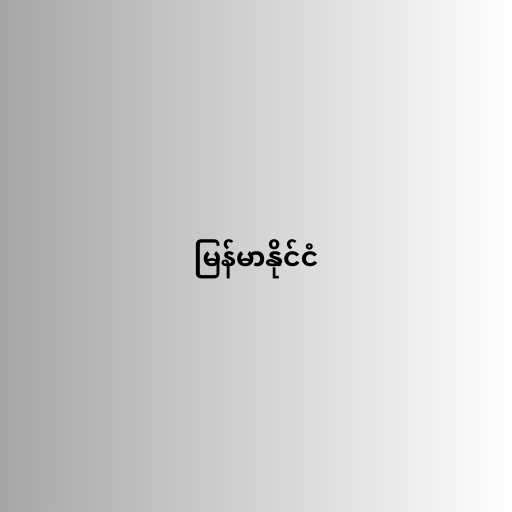
မြန်မာနိုင်ငံ